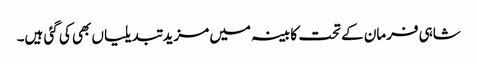
شاہی فرمان کے تحت کابینہ میں مزید تبدیلیاں بھی کی گئی ہیں۔